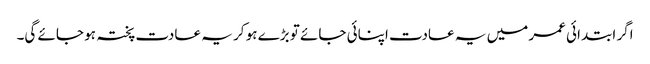
اگر ابتدائی عمر میں یہ عادت اپنائی جائے تو بڑے ہو کر یہ عادت پختہ ہو جائے گی۔